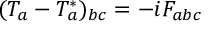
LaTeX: ( T _ { a } - T _ { a } ^ { \ast } ) _ { b c } = - i F _ { a b c }